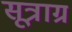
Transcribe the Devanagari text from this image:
सूत्राग्र